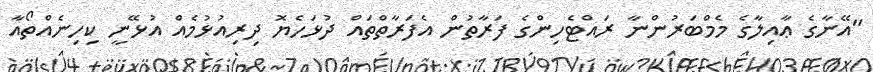
"އޭނާގެ ޢާއިލާގެ މެމްބަރުންނާ ރައްޓެހިންގެ ފަރާތުން އެފަރާތްތައް ދުޅަހެޔޮ ދިރިއުޅުމެއް އުޅޭނީ ކިހިނެއްތޯއާ